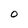
Character: O